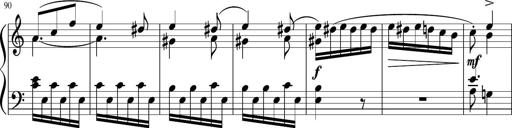
Title: 4 Sonatinas
Composer: Jacob Schmitt